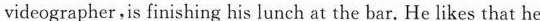
videographer,is finishing his lunch at the bar. He likes that he